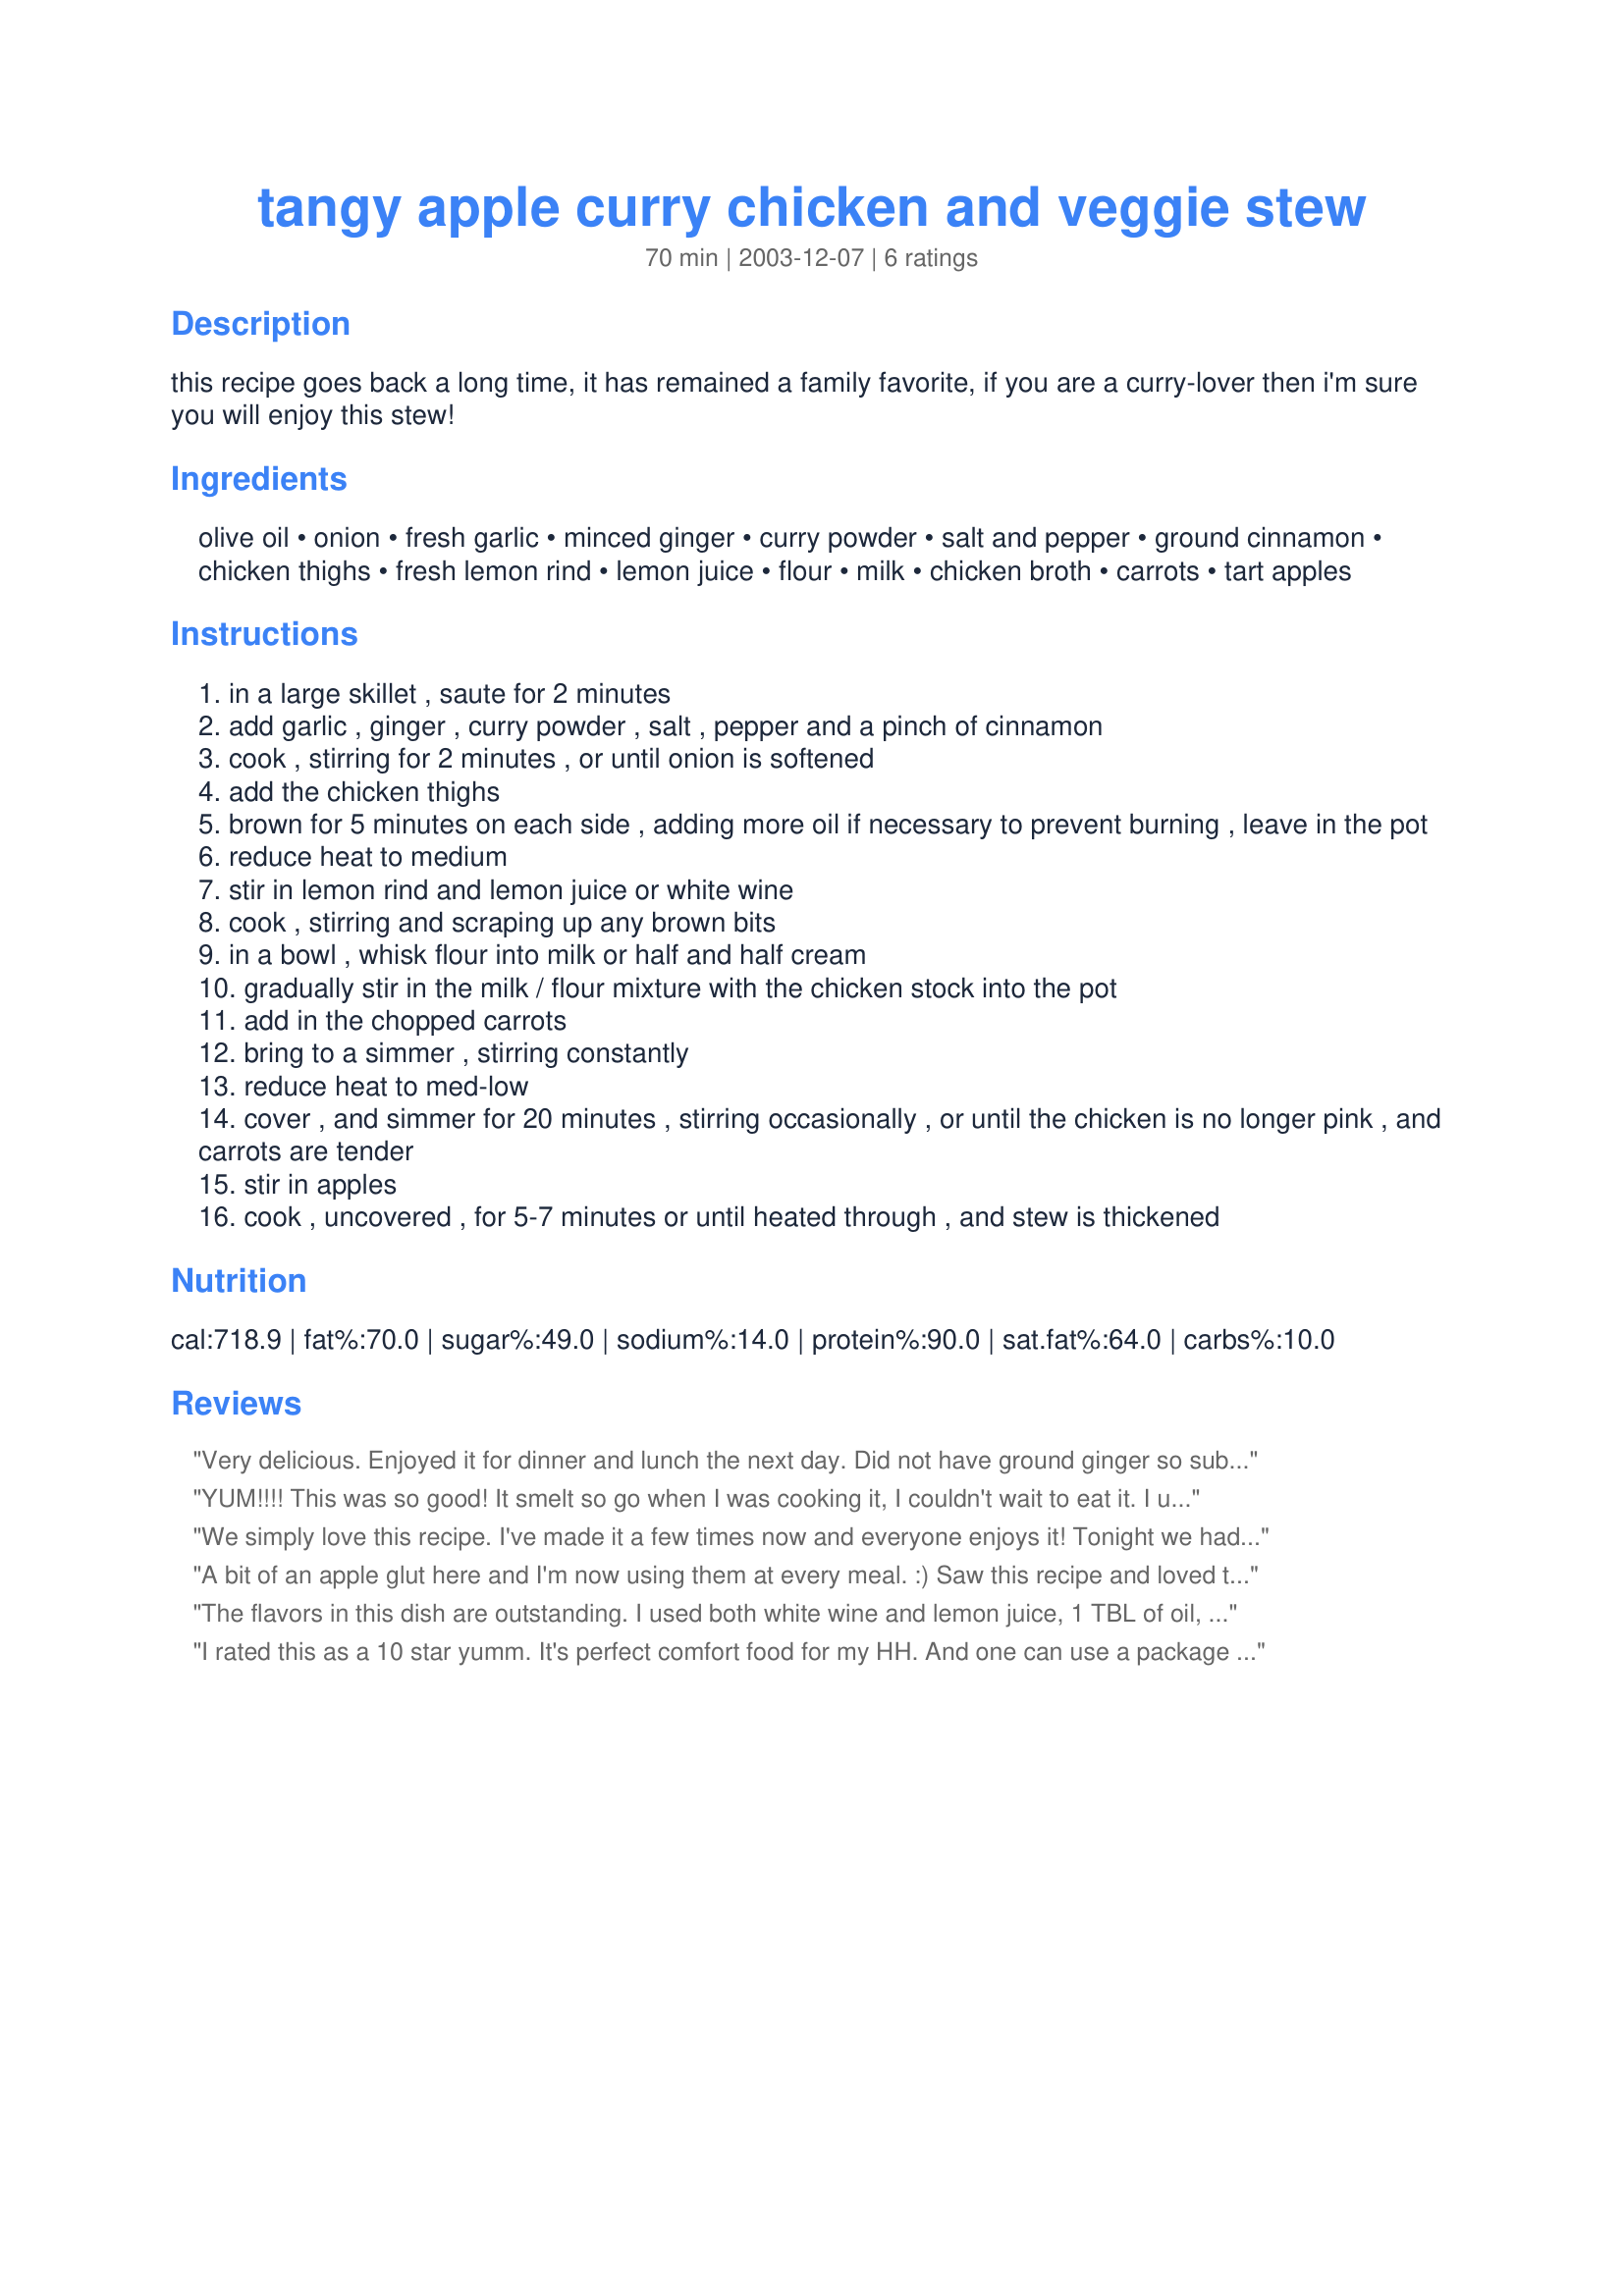
tangy apple curry chicken and veggie stew
Preparation time: 70 minutes

this recipe goes back a long time, it has remained a family favorite, if you are a curry-lover then i'm sure you will enjoy this stew!

Ingredients:
olive oil, onion, fresh garlic, minced ginger, curry powder, salt and pepper, ground cinnamon, chicken thighs, fresh lemon rind, lemon juice, flour, milk, chicken broth, carrots, tart apples

Steps:
in a large skillet , saute for 2 minutes
add garlic , ginger , curry powder , salt , pepper and a pinch of cinnamon
cook , stirring for 2 minutes , or until onion is softened
add the chicken thighs
brown for 5 minutes on each side , adding more oil if necessary to prevent burning , leave in the pot
reduce heat to medium
stir in lemon rind and lemon juice or white wine
cook , stirring and scraping up any brown bits
in a bowl , whisk flour into milk or half and half cream
gradually stir in the milk / flour mixture with the chicken stock into the pot
add in the chopped carrots
bring to a simmer , stirring constantly
reduce heat to med-low
cover , and simmer for 20 minutes , stirring occasionally , or until the chicken is no longer pink , and carrots are tender
stir in apples
cook , uncovered , for 5-7 minutes or until heated through , and stew is thickened

Reviews:
Very delicious. Enjoyed it for dinner and lunch the next day. Did not have ground ginger so substituted pumpkin pie spice and therefore did not use the cinnamon. Used 1 cup of carrots and about 2 cups of potatoes ('cuz I like potatoes in my stews!). Also used boneless, skinless chicken breasts cut in chunks. Served with drop biscuits. Thanks for sharing!
YUM!!!! This was so good! It smelt so go when I was cooking it, I couldn't wait to eat it. I used chicken breasts, potatoes, carrots, and red peppers. When it started to simmer I didn't think there was enough liquid so I added more chicken broth, but I shouldn't have, it ended up a little too liquidy in the end.
We simply love this recipe. I've made it a few times now and everyone enjoys it! Tonight we had the first batch from the freezer that I put up several weeks ago. Just perfect. Thanks for posting!
A bit of an apple glut here and I'm now using them at every meal. :) Saw this recipe and loved the combination of ingredients but needed to make a few changes to make it a bit leaner and consistent with my food program. I reduced the amount of oil to 1 tablespoon with no problem; replaced the chicken thighs with 1 pound of cubed boneless, skinless breasts; added about 3 cups of the carrots and sweet potatoes; replaced the whole milk with a combination of skim milk and fat free evaporated milk; skipped the flour and added a teaspoon of arrowroot in the final two minutes. Looks like a lot of changes but none of them compromised the wonderful flavors of this dish. Directions were perfect and everything was cooked just right and the flavors beatifully blended in the end. Will certainly be making this again soon. Thanks Kittencal.
The flavors in this dish are outstanding. I used both white wine and lemon juice, 1 TBL of oil, red potatoes instead of sweet potatoes, pre-cooked chicken and red pepper flakes. I might have done something wrong because mine seemed a little dry so I kept adding more milk, broth and white wine until it was a nice consistency. I think it would be terrific over basmati rice. This is wonderful! Thanks for sharing.
I rated this as a 10 star yumm. It's perfect comfort food for my HH. And one can use a package of that ground turkey that is so popular at the meat counter just now and it doesn't decrease the taste at all. There are layers of flavors here, just like I like, so your taste buds love u, too. Some crusty bread and your good to go.
